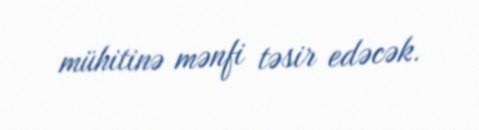
mühitinə mənfi təsir edəcək.